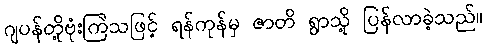
ဂျပန်တို့ဗုံးကြဲသဖြင့် ရန်ကုန်မှ ဇာတိ ရွာသို့ ပြန်လာခဲ့သည်။